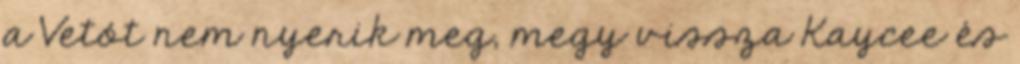
a Vetót nem nyerik meg, megy vissza Kaycee és